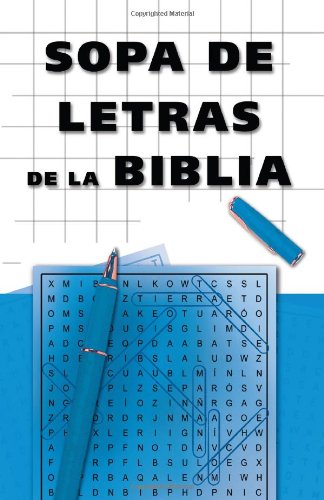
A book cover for Sopa De Letras De La Biblia (Spanish Edition); Humor & Entertainment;